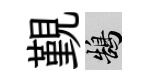
覲鵠